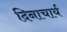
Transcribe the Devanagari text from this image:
दिनाचार्य